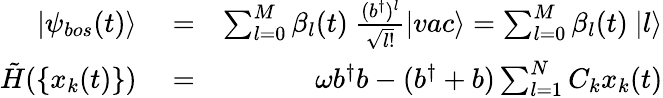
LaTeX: \begin{array}{rlr}{|\psi_{bos}(t)\rangle}&{{}=}&{\sum_{l=0}^{M}\beta_{l}(t)~\frac{(b^{\dagger})^{l}}{\sqrt{l!}}|vac\rangle=\sum_{l=0}^{M}\beta_{l}(t)~|l\rangle}\\ {\tilde{H}(\{ x_{k}(t)\} )}&{{}=}&{\omega b^{\dagger}b-(b^{\dagger}+b)\sum_{l=1}^{N}C_{k}x_{k}(t)}\end{array}